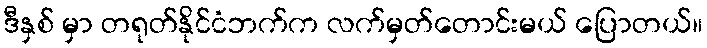
ဒီနှစ် မှာ တရုတ်နိုင်ငံဘက်က လက်မှတ်တောင်းမယ် ပြောတယ်။